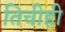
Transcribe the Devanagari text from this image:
तिचीही